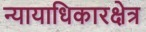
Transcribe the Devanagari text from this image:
न्यायाधिकारक्षेत्र